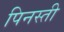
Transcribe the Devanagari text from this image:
पिनस्ती